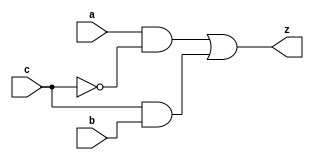
module yMux1(z, a, b, c);
    output z;
    input a, b, c;
    wire notC, upper, lower;
    not my_not(notC, c);
    and upperAnd(upper, a, notC);
    and lowerAnd(lower, c, b);
    or my_or(z, upper, lower);
endmodule
module yMux(z, a, b, c);
    parameter SIZE = 2;
    output [SIZE-1:0] z;
    input [SIZE-1:0] a, b;
    input c;
    yMux1 mine[SIZE-1:0](z, a, b, c);
endmodule
module yMux4to1(z, a0,a1,a2,a3, c);
    parameter SIZE = 2;
    output [SIZE-1:0] z;
    input [SIZE-1:0] a0, a1, a2, a3;
    input [1:0] c;
    wire [SIZE-1:0] zLo, zHi;
    yMux #(SIZE) lo(zLo, a0, a1, c[0]);
    yMux #(SIZE) hi(zHi, a2, a3, c[0]);
    yMux #(SIZE) final(z, zLo, zHi, c[1]);
endmodule
module yAdder1(z, cout, a, b, cin);
    output z, cout;
    input a, b, cin;
    xor left_xor(tmp, a, b);
    xor right_xor(z, cin, tmp);
    and left_and(outL, a, b);
    and right_and(outR, tmp, cin);
    or my_or(cout, outR, outL);
endmodule
module yAdder(z, cout, a, b, cin);
    // outputs
    output [31:0] z;
    output cout;

    // inputs
    input [31:0] a, b;
    input cin;

    // interconnects
    wire[31:0] in, out;

    // yAdder1 is defined in yAdder1.v
    yAdder1 mine[31:0](z, out, a, b, in);
    
    assign in[0] = cin;
    assign in[31:1] = out[30:0];
endmodule
module yArith(z, cout, a, b, ctrl);
    // add if ctrl=0, subtract if ctrl=1
    output [31:0] z;
    output cout;
    input [31:0] a, b;
    input ctrl;
    wire[31:0] notB, tmp;
    wire cin;

    // instantiate the components and connect them
    // Hint: about 4 lines of code
    not c_not[31:0](notB, b);
    yMux #(.SIZE(32)) my_mux[31:0](tmp, b, notB, ctrl);
    assign cin = ctrl;
    yAdder my_add[31:0](z, cout, a, tmp, cin);
endmodule
module yAlu(z, zero, a, b, op);
    // op=000: z=a AND b, op=001: z=a|b, op=010: z=a+b, op=110: z=a-b
    input [31:0] a, b;
    input [2:0] op;
    output [31:0] z;
    output zero;

    wire [15:0] z16;
    wire [7:0] z8;
    wire [3:0] z4;
    wire [1:0] z2;
    wire z1;

    wire cout;
    wire [31:0] zAnd, zOr, zArith, slt;
    wire condition;
    wire [31:0] aSubB;
    assign slt[31:1] = 0; // the rest of the slt bits have to be 0
    // assign ex = 0; // zero flag default value <- must be removed for LabL11 and beyond, credit to 
    // instantiate the components and connect them
    // Hint: takes about 4 lines of code
    and ab_and[31:0](zAnd, a, b);
    or ab_or[31:0](zOr, a, b);

    // zero flag
    or or16[15:0] (z16, z[15:0], z[31:16]);
    or or8[7:0] (z8, z16[7:0], z16[15:8]);
    or or4[3:0] (z4, z8[3:0], z8[7:4]);
    or or2[1:0] (z2, z4[1:0], z4[3:2]);
    or or1 (z1, z2[1], z2[0]);
    not zero_not(zero, z1);

    // slt - credit to Alex L.
    xor slt_xor(condition, a[31], b[31]);
    yArith slt_arith(aSubB, cout, a, b, 1'b1);
    yMux1 my_mux_slt(slt[0], aSubB[31], a[31], condition); // aSubB[31] is the 0 case, and a[31] is the 1 case

    yArith ab_arith[31:0](zArith, cout, a, b, op[2]);
    yMux4to1 #(.SIZE(32)) my_mux(z, zAnd, zOr, zArith, slt, op[1:0]);
endmodule